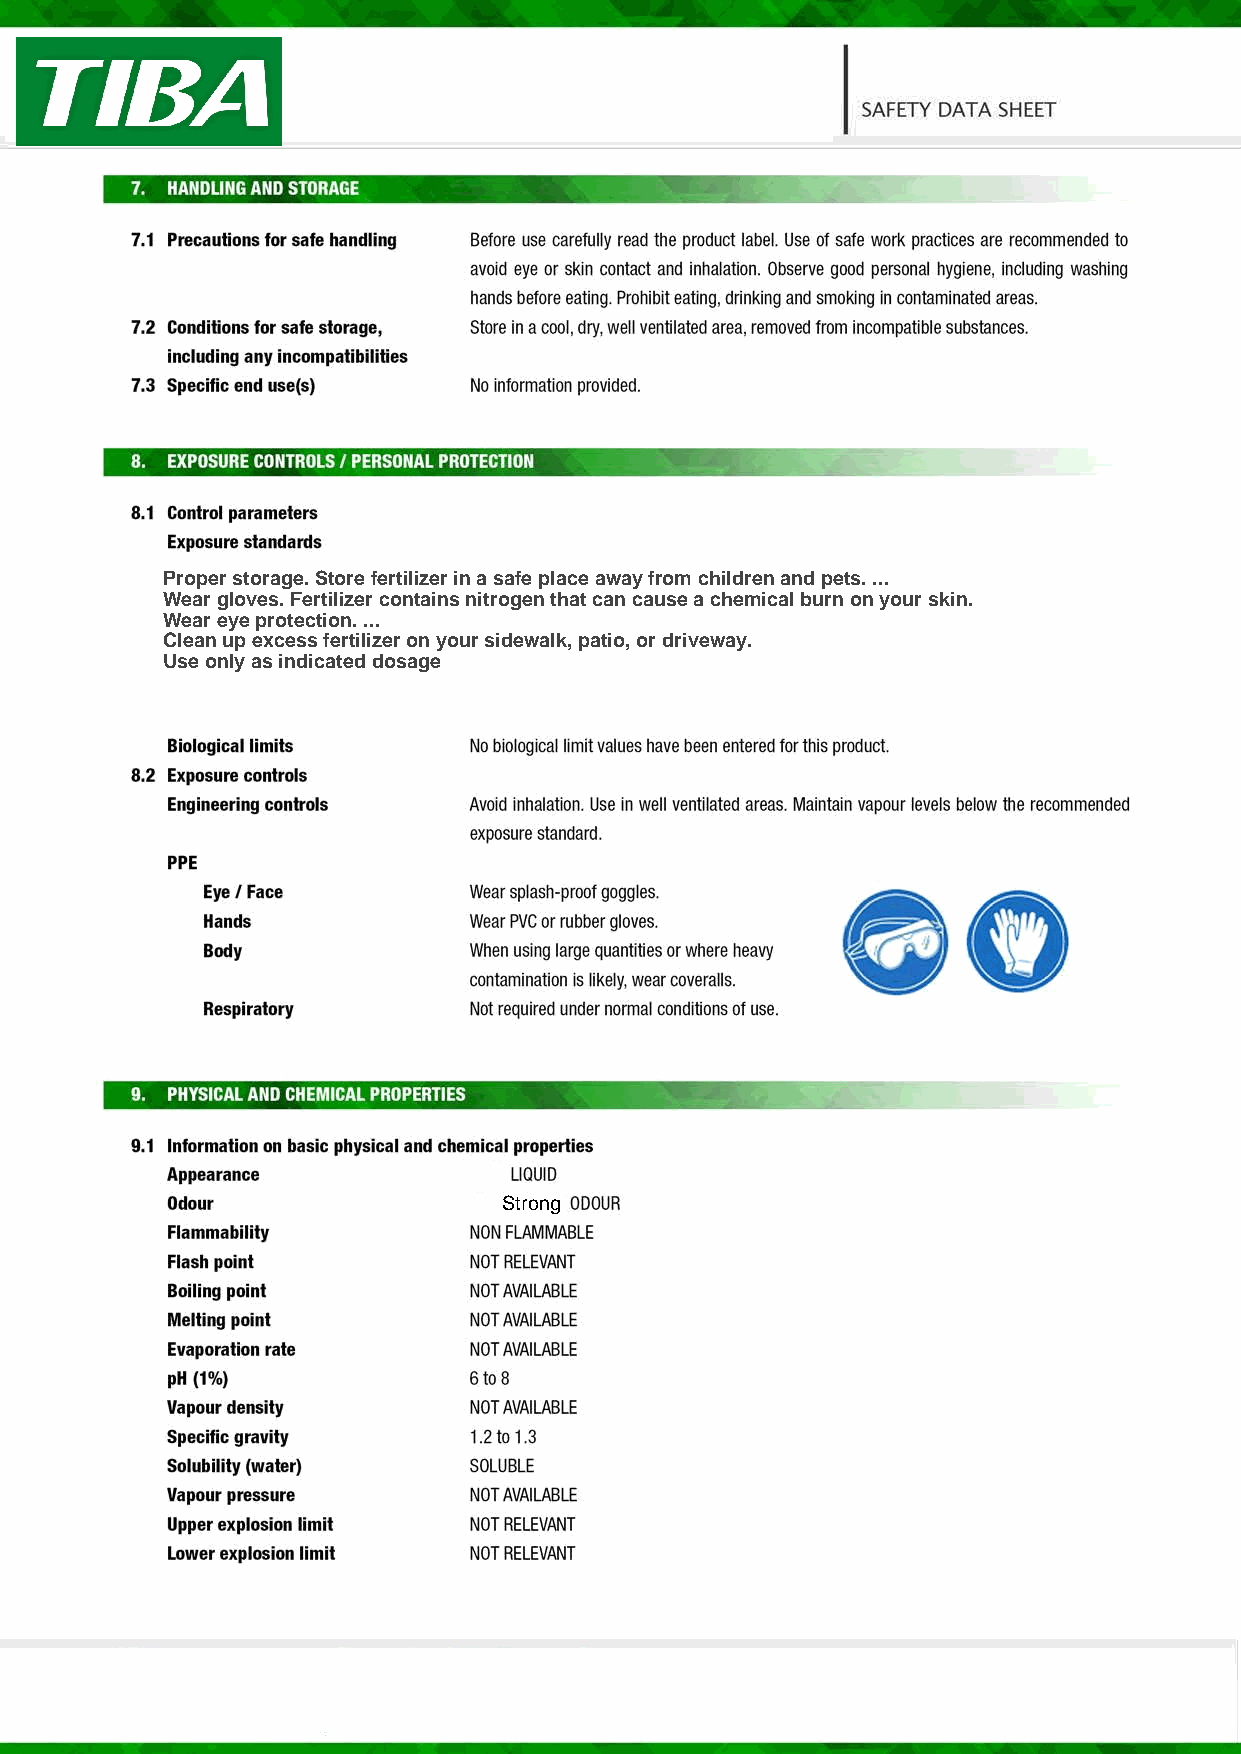
Proper storage. Store fertilizer in a safe place away from children and pets. ...
 Wear gloves. Fertilizer contains nitrogen that can cause a chemical burn on your skin.
 Wear eye protection. ...
 Clean up excess fertilizer on your sidewalk, patio, or driveway.
 Use only as indicated dosage
 Strong